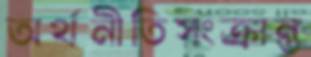
অর্থনীতিসংক্রান্ত